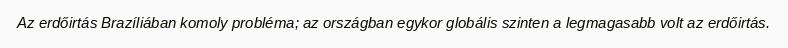
Az erdőirtás Brazíliában komoly probléma; az országban egykor globális szinten a legmagasabb volt az erdőirtás.